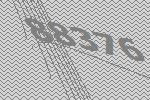
88376